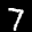
Label: 7